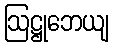
ဩဋ္ဌုဘေယျ